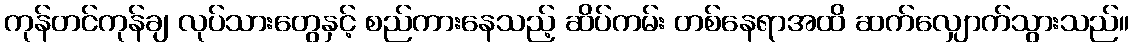
ကုန်တင်ကုန်ချ လုပ်သားတွေနှင့် စည်ကားနေသည့် ဆိပ်ကမ်း တစ်နေရာအထိ ဆက်လျှောက်သွားသည်။